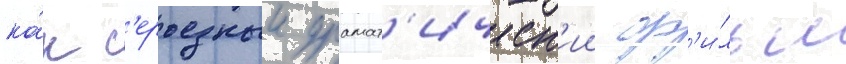
ка́к с'ерьезныи драмат'ическ'ии ф'и́льм